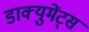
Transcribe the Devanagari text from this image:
डाक्युमेंट्स